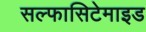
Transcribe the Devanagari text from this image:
सल्फासिटेमाइड